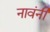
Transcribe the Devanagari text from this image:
नावंनी